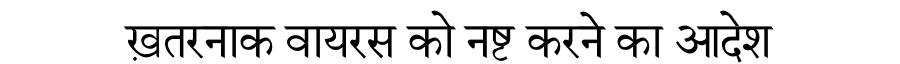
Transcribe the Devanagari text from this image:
ख़तरनाक वायरस को नष्ट करने का आदेश